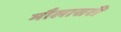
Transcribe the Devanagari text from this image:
मौलासरी